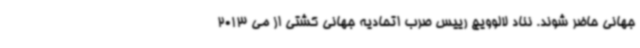
جهانی حاضر شوند. نناد لالوویچ رییس صرب اتحادیه جهانی کشتی از می 2013